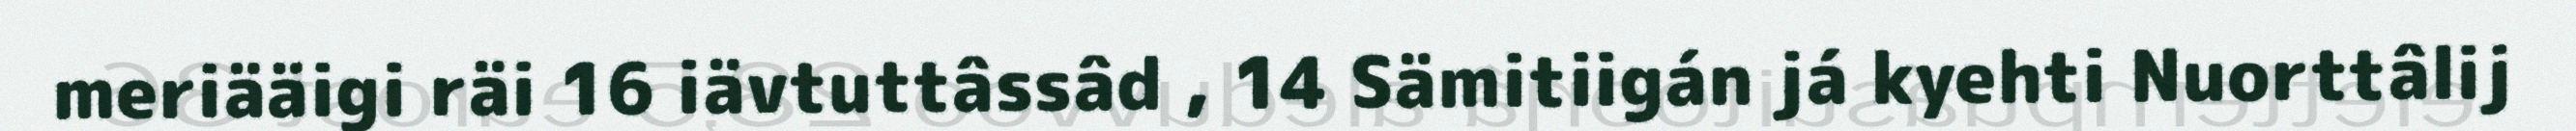
meriääigi räi 16 iävtuttâssâd , 14 Sämitiigán já kyehti Nuorttâlij